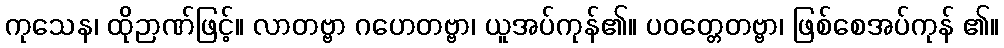
ကုသေန၊ ထိုဉာဏ်ဖြင့်။ လာတဗ္ဗာ ဂဟေတဗ္ဗာ၊ ယူအပ်ကုန်၏။ ပဝတ္တေတဗ္ဗာ၊ ဖြစ်စေအပ်ကုန် ၏။